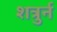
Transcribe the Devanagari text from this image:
शत्रुर्न